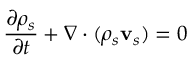
\frac { \partial \rho _ { s } } { \partial t } + \nabla \cdot ( \rho _ { s } { \bf v } _ { s } ) = 0